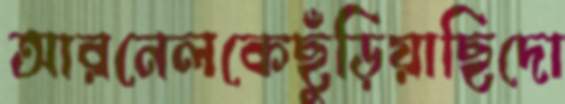
আরনেলকেছুঁড়িয়াছিদো